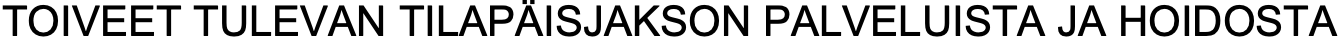
TOIVEET TULEVAN TILAPÄISJAKSON PALVELUISTA JA HOIDOSTA